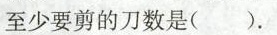
至少要剪的刀数是()。